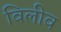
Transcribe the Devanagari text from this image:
विलीव